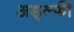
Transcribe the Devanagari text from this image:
अड्ल्फी